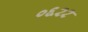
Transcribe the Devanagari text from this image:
०६२२